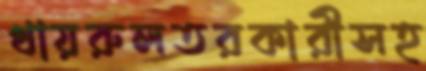
খায়রুলতরকারীসহ